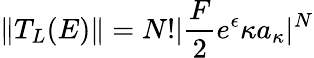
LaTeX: \| T_{L}(E)\| =N!|\frac{F}{2}e^{\epsilon}\kappa a_{\kappa}|^{N}